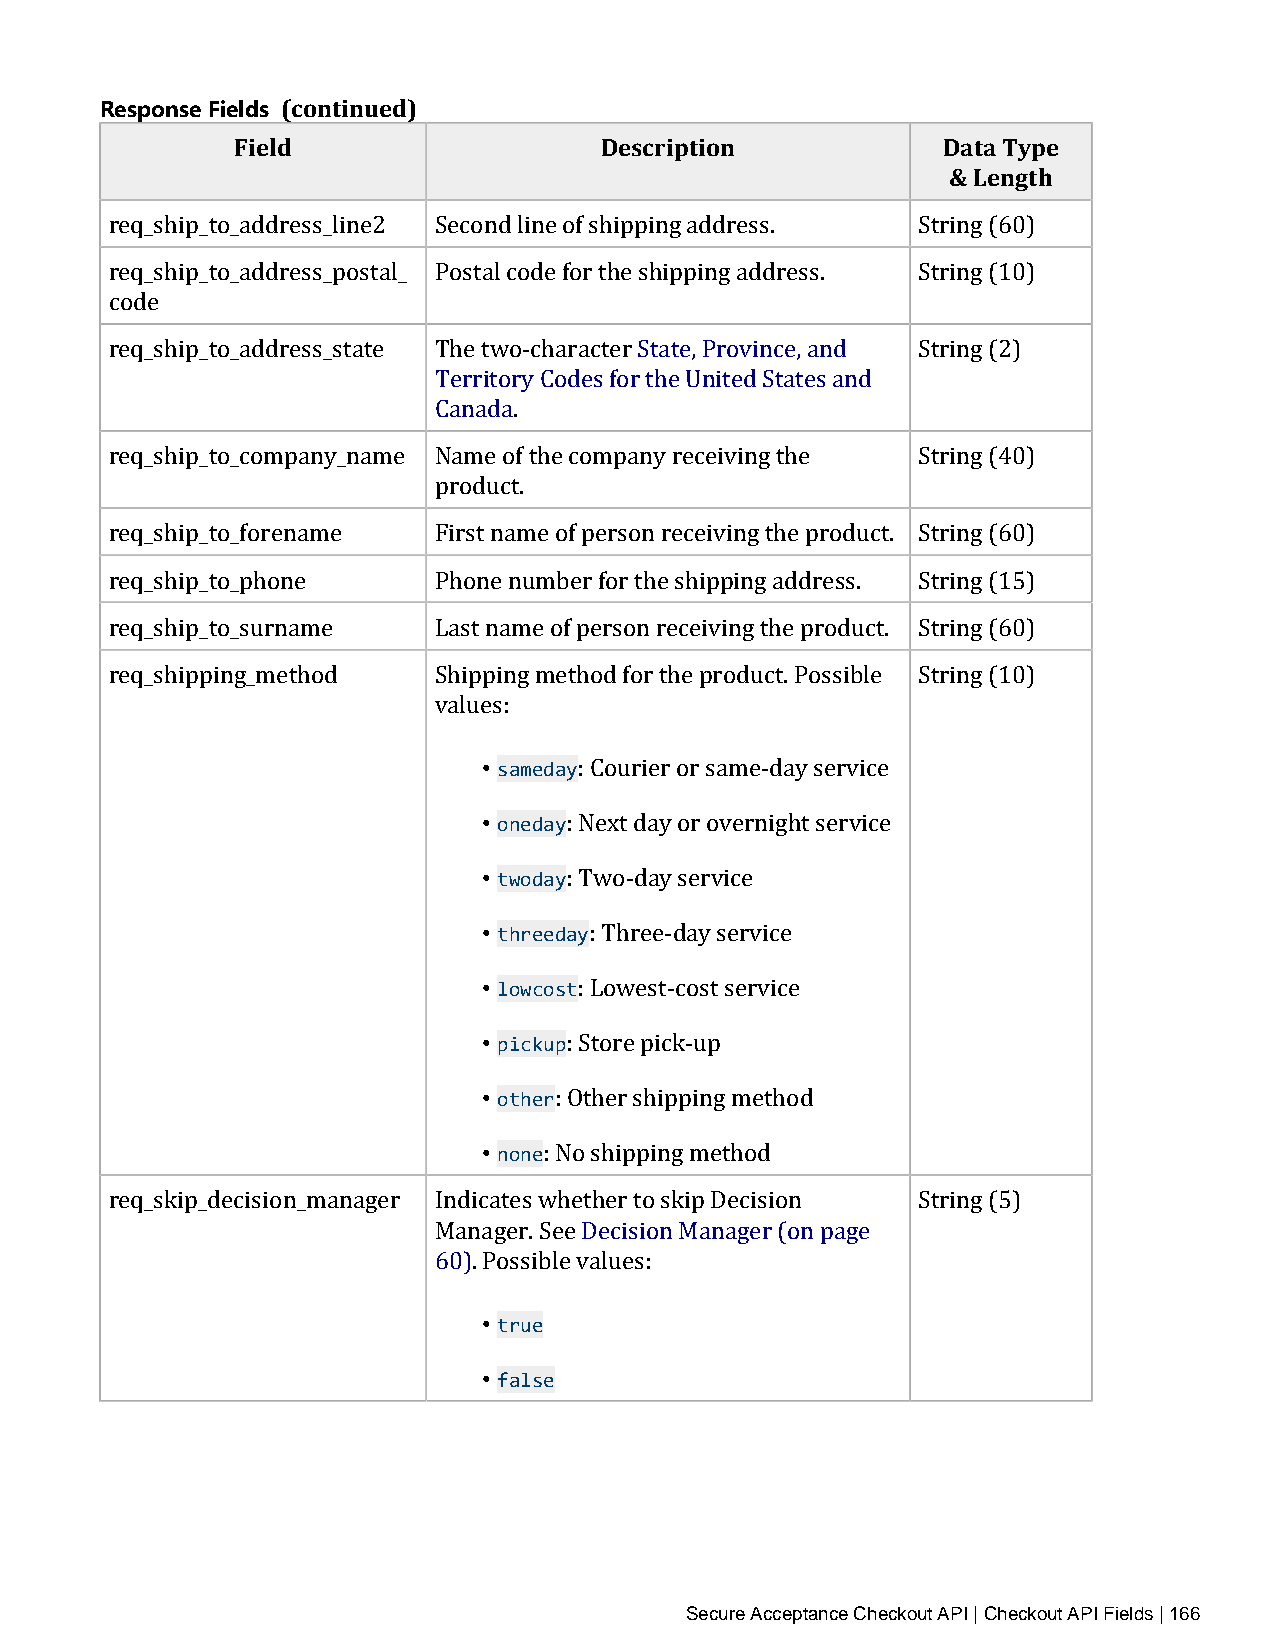
Response Fields (continued)
 Field                   Description           Data Type
 & Length
 req_ship_to_address_line2 Second line of shipping address. String (60)
 req_ship_to_address_postal_ Postal code for the shipping address. String (10)
 code
 req_ship_to_address_state The two‑character State, Province, and String (2)
 Territory Codes for the United States and
 Canada.
 req_ship_to_company_name Name of the company receiving the String (40)
 product.
 req_ship_to_forename  First name of person receiving the product. String (60)
 req_ship_to_phone     Phone number for the shipping address. String (15)
 req_ship_to_surname   Last name of person receiving the product. String (60)
 req_shipping_method   Shipping method for the product. Possible String (10)
 values:
 • sameday
 • oneday : Courier or same‑day service
 • twoday: Next day or overnight service
 • threed:a yTwo‑day service
 • lowcost : Three‑day service
 • pickup : Lowest‑cost service
 • other : Store pick‑up
 • none : Other shipping method
 : No shipping method
 req_skip_decision_manager Indicates whether to skip Decision String (5)
 Manager. See Decision Manager (on page
 60). Possible values:
 • true
 • false
 Secure Acceptance Checkout API | Checkout API Fields | 166